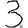
Digit: 3